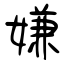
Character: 嫌